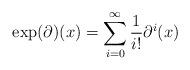
LaTeX: \begin{align*}\exp(\partial)(x)=\sum_{i=0}^{\infty} \frac{1}{i!} \partial^i(x){}\end{align*}